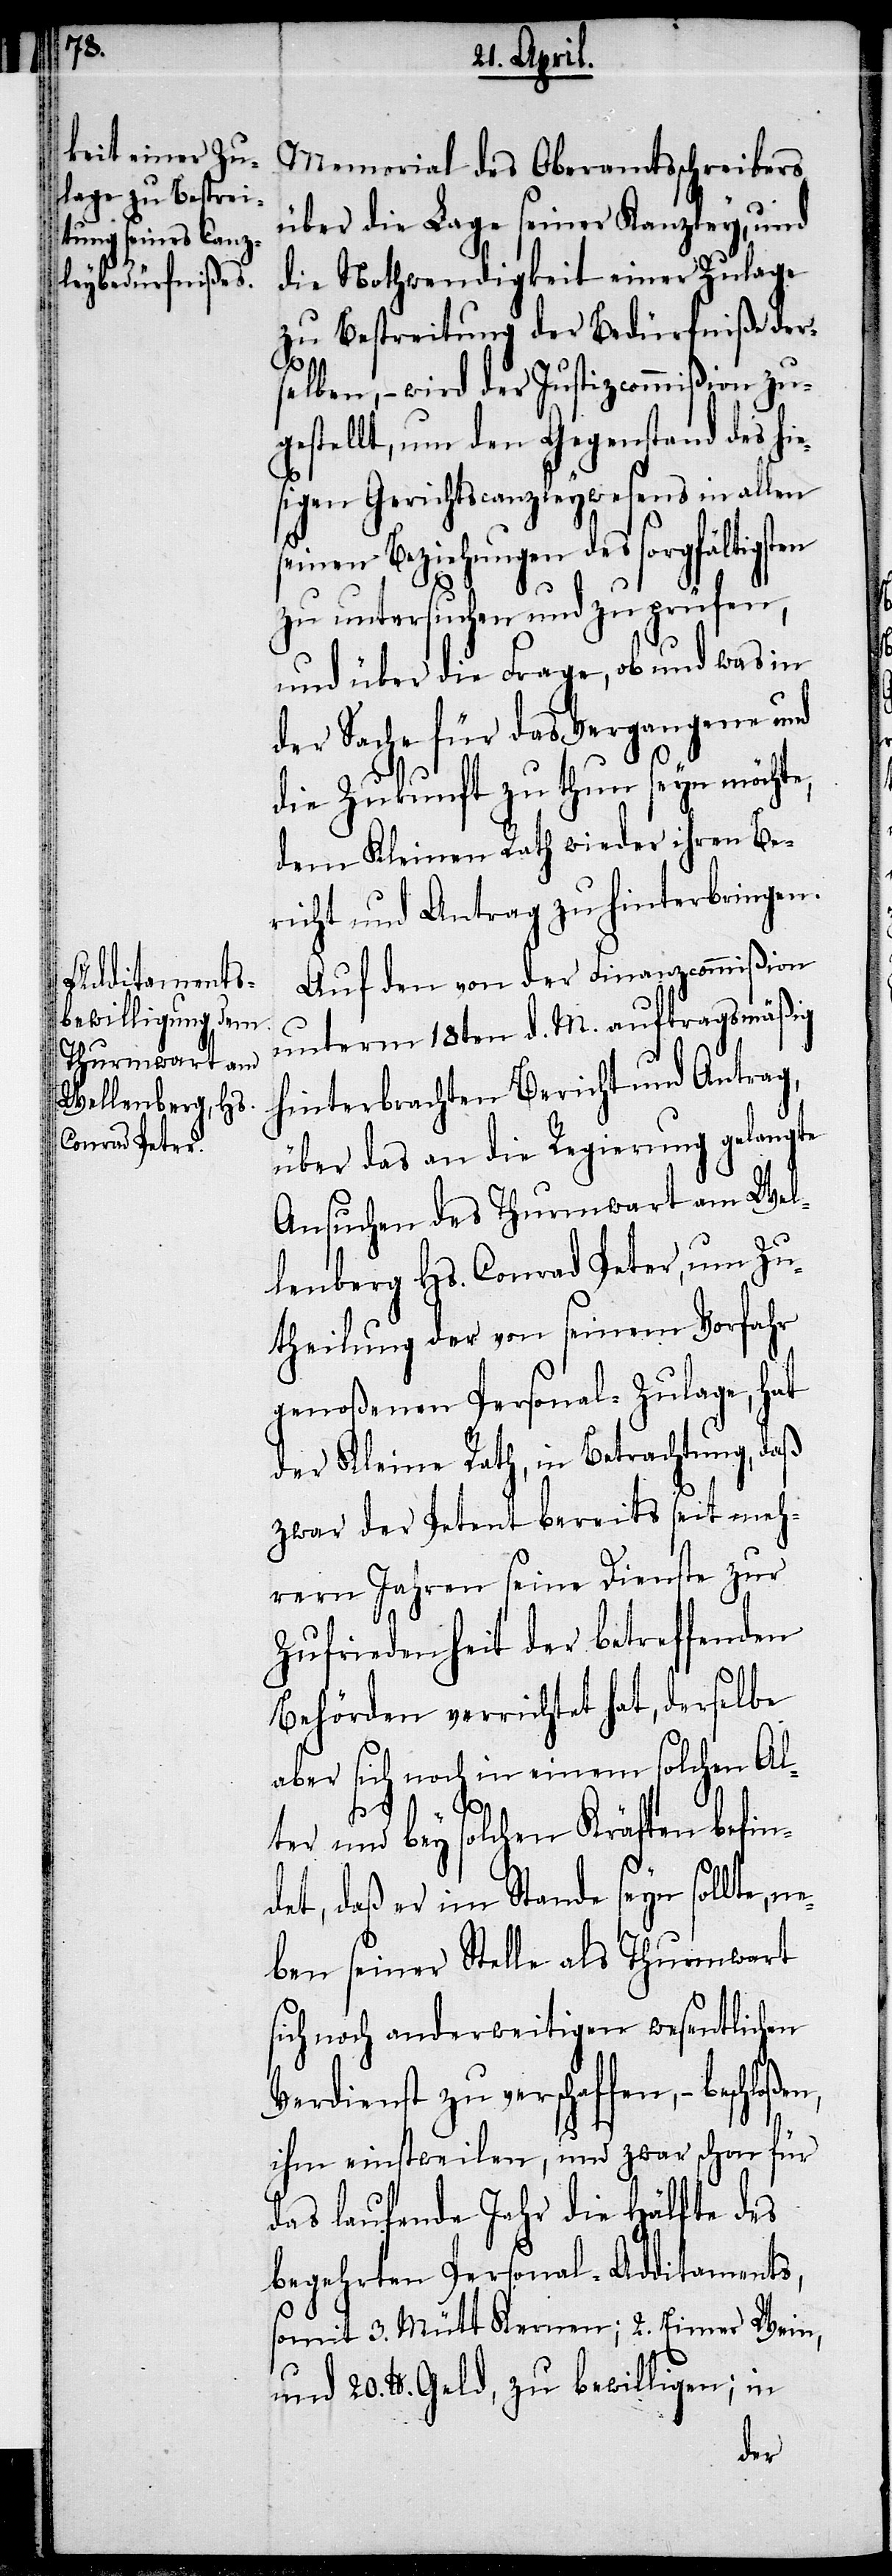
ne¬

Memorial des Oberamtschreibers
über die Lage seiner Kanzley, und
die Nothwendigkeit einer Zulage
zu Bestreitung der Bedürfniße der¬
selben, – wird der Justizcommißion zu¬
gestellt, um den Gegenstand des hie¬
sigen Gerichtscanzleywesens in allen
seinen Beziehungen des sorgfältigsten
zu untersuchen und zu prüfen,
und über die Frage, ob und was in
der Sache für das Vergangene und
die Zukunft zu thun seyn möchte,
dem Kleinen Rath wieder ihren Be¬
richt und Antrag zu hinterbringen.
Auf den von der Finanzcommißion
unterm 18ten d. M. auftragsmäßig
hinterbrachten Bericht und Antrag,
über das an die Regierung gelangte
Ansuchen des Thurmwart am Wel¬
lenberg Hs. Conrad Peter, um Zu¬
theilung der von seinem Vorfahr
genoßenen Personal-Zulage, hat
der Kleine Rath, in Betrachtung, daß
zwar der Petent bereits seit meh¬
rern Jahren seine Dienste zur
Zufriedenheit der betreffenden
Behörden verrichtet hat, derselbe
aber sich noch in einem solchen Al¬
ter und bey solchen Kräften befin¬
det, daß er im Stande seyn sollte,
ben seiner Stelle als Thurmwart
sich noch anderweitigen wesentlichen
Verdienst zu verschaffen,
ihm einstweilen, und zwar schon für
das laufende Jahr die Hälfte des
begehrten Personal-Additaments,
somit 3. Mütt Kernen; 2. Eimer Wein,
und 20. lb. Geld, zu bewilligen; in